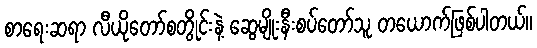
စာရေးဆရာ လီယိုတော်စတွိုင်းနဲ့ ဆွေမျိုးနီးစပ်တော်သူ တယောက်ဖြစ်ပါတယ်။